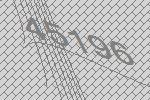
45196